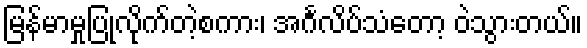
မြန်မာမှုပြုလိုက်တဲ့စကား၊ အင်္ဂလိပ်သံတော့ ဝဲသွားတယ်။